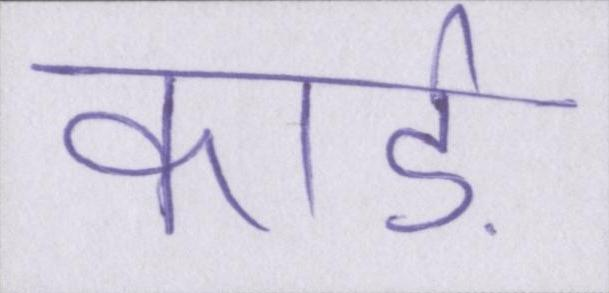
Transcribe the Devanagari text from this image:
कार्ड़